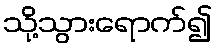
သို့သွားရောက်၍